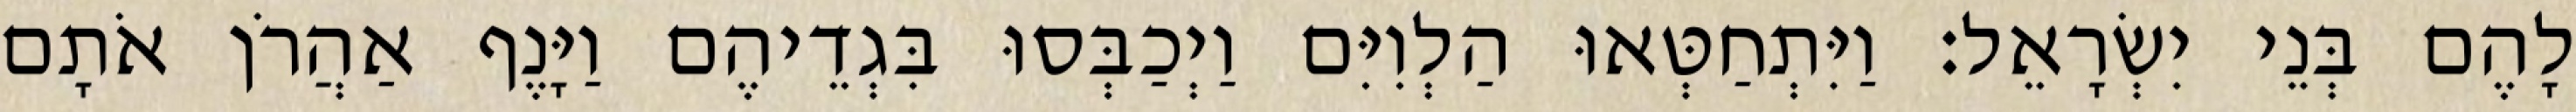
לָהֶם בְּנֵי יִשְׂרָאֵל׃ וַיִּתְחַטְּאוּ הַלְוִיִּם וַיְכַבְּסוּ בִּגְדֵיהֶם וַיָּנֶף אַהֲרֹן אֹתָם